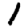
Digit: 1